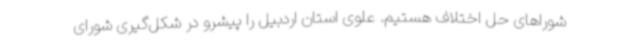
شوراهای حل اختلاف هستیم. علوی استان اردبیل را پیشرو در شکل‌گیری شورای